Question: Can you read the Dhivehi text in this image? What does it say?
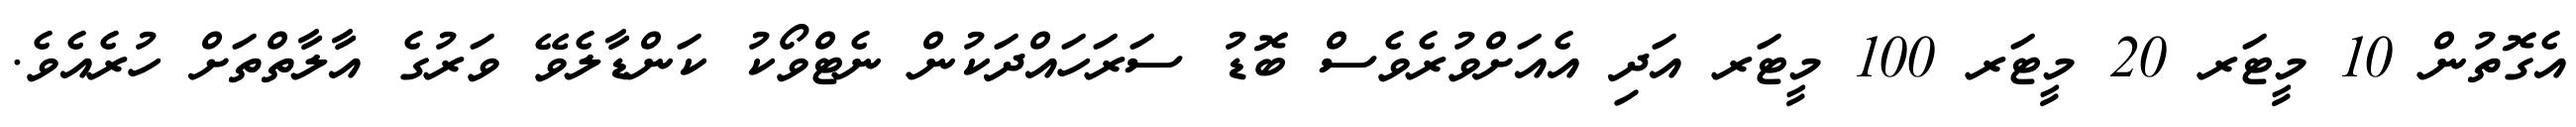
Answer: އެގޮތުން 10 މީޓަރ 20 މީޓަރ 100 މީޓަރ އަދި އެއަށްވުރެވެސް ބޮޑު ސަރަހައްދަކުން ނެޓްވޯކު ކަންޑާލެވޭ ވަރުގެ އާލާތްތަށް ހުރެއެވެ.